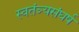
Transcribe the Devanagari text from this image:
स्वतंञ्यसंघर्ष